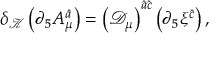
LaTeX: \delta _ { \mathcal K } \left( \partial _ { 5 } A _ { \mu } ^ { \hat { a } } \right) = \left( { \mathcal D } _ { \mu } \right) ^ { \hat { a } \hat { c } } \left( \partial _ { 5 } \xi ^ { \hat { c } } \right) ,